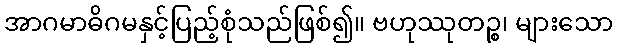
အာဂမာဓိဂမနှင့်ပြည့်စုံသည်ဖြစ်၍။ ဗဟုဿုတဉ္စ၊ များသော